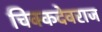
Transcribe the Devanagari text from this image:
चिक्कदेवराज